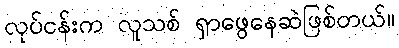
လုပ်ငန်းက လူသစ် ရှာဖွေနေဆဲဖြစ်တယ်။